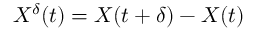
X ^ { \delta } ( t ) = X ( t + \delta ) - X ( t )